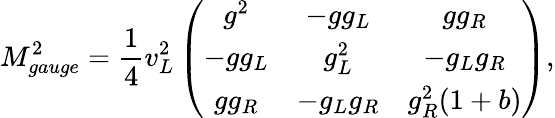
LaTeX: M_{gauge}^{2}=\frac{1}{4}{v_{L}^{2}}\left(\begin{array}{ccc}{{g^{2}}}&{{-gg_{L}}}&{{gg_{R}}}\\ {{-gg_{L}}}&{{g_{L}^{2}}}&{{-g_{L}g_{R}}}\\ {{gg_{R}}}&{{-g_{L}g_{R}}}&{{g_{R}^{2}(1+b)}}\end{array}\right),